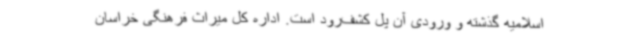
اسلامیه گذشته و ورودی آن پل کشف‌رود است. اداره کل میراث فرهنگی خراسان